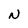
Character: N